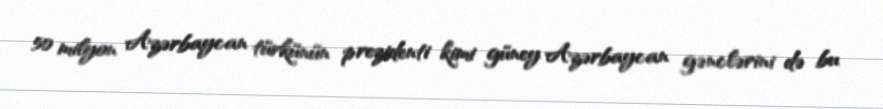
50 milyon Azərbaycan türkünün prezidenti kimi güney Azərbaycan gənclərini də bu